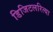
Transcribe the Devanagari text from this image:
डिजिटलरित्या